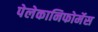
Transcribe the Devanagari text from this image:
पेलेकानिफोर्मेस